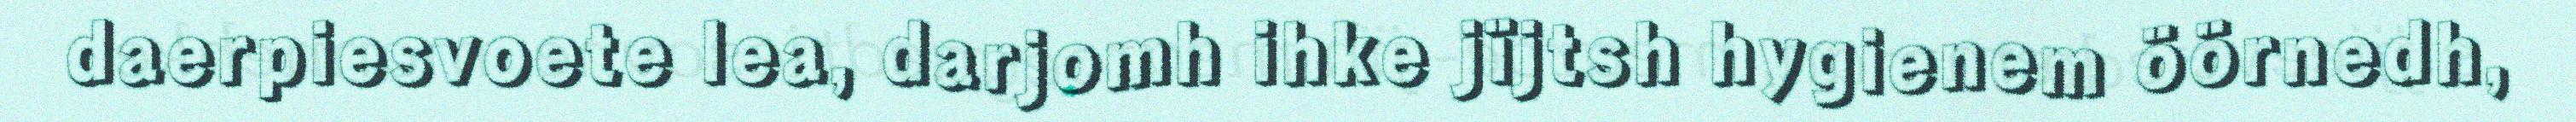
daerpiesvoete lea, darjomh ihke jïjtsh hygienem öörnedh,